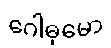
ဂေါဓုမော